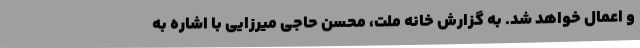
و اعمال خواهد شد. به گزارش خانه ملت، محسن حاجی میرزایی با اشاره به